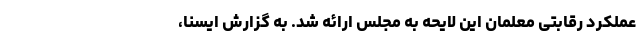
عملکرد رقابتی معلمان این لایحه به مجلس ارائه شد. به گزارش ایسنا،